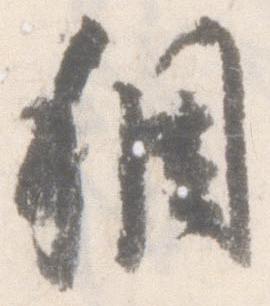
稠